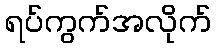
ရပ်ကွက်အလိုက်